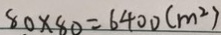
8 0 \times 8 0 = 6 4 0 0 ( m ^ { 2 } )